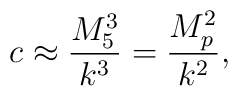
c \approx \frac{M_5 ^3}{k^3} = \frac{M_p ^2}{k^2} ,